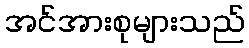
အင်အားစုများသည်